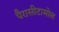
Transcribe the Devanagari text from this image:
पैरासीटामोल